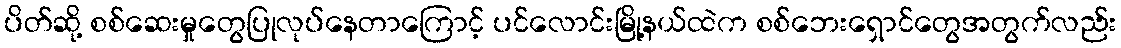
ပိတ်ဆို့ စစ်ဆေးမှုတွေပြုလုပ်နေတာကြောင့် ပင်လောင်းမြို့နယ်ထဲက စစ်ဘေးရှောင်တွေအတွက်လည်း